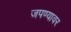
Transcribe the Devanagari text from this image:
जपण्यावर